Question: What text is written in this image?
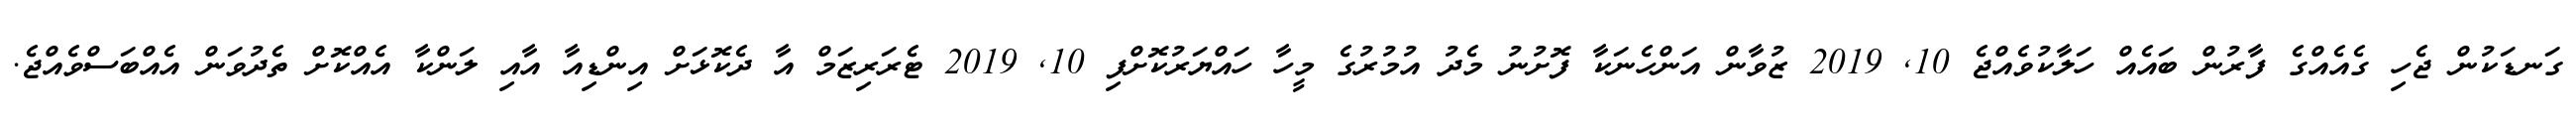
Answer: ގަނޑަކުން ޖެހި ގެއެއްގެ ފާރުން ބައެއް ހަލާކުވެއްޖެ 10, 2019 ޒުވާން އަންހެނަކާ ފޮށުނު މެދު އުމުރުގެ މީހާ ހައްޔަރުކޮށްފި 10, 2019 ޓެރަރިޒަމް އާ ދެކޮޅަށް އިންޑިއާ އާއި ލަންކާ އެއްކޮށް ތެދުވަން އެއްބަސްވެއްޖެ.